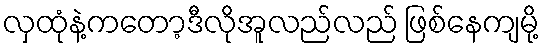
လှထုံနဲ့ကတော့ဒီလိုအူလည်လည် ဖြစ်နေကျမို့